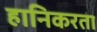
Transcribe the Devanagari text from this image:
हानिकरता